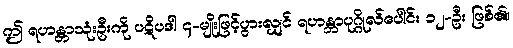
ဤ ရဟန္တာသုံးဦးကို ပဋိပဒါ ၄-မျိုးဖြင့်ပွားလျှင် ရဟန္တာပုဂ္ဂိုလ်ပေါင်း ၁၂-ဦး ဖြစ်၏။